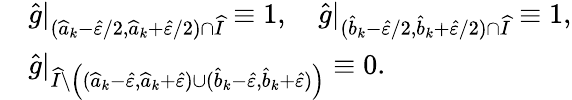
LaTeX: \begin{array}{rl}&{\widehat{g}|_{(\widehat{a}_{k}-\widehat{\varepsilon}/2,\widehat{a}_{k}+\widehat{\varepsilon}/2)\cap\widehat{I}}\equiv 1,\quad\widehat{g}|_{(\widehat{b}_{k}-\widehat{\varepsilon}/2,\widehat{b}_{k}+\widehat{\varepsilon}/2)\cap\widehat{I}}\equiv 1,}\\ &{\widehat{g}|_{\widehat{I}\setminus\left((\widehat{a}_{k}-\widehat{\varepsilon},\widehat{a}_{k}+\widehat{\varepsilon})\cup(\widehat{b}_{k}-\widehat{\varepsilon},\widehat{b}_{k}+\widehat{\varepsilon})\right)}\equiv 0.}\end{array}